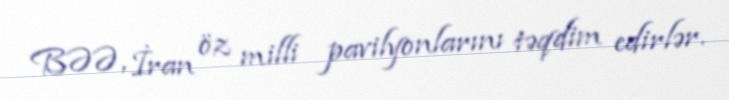
BƏƏ, İran öz milli pavilyonlarını təqdim edirlər.